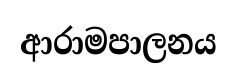
ආරාමපාලනය